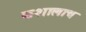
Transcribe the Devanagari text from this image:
कशालाच